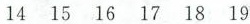
14 15 16 17 18 19